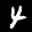
Label: 4